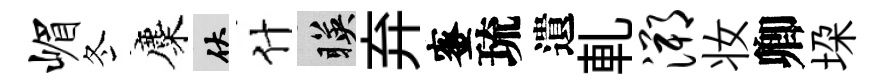
嵋冬麋伏什暎弃蜜琉遺軋溯妆卿垜